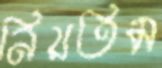
নিয়তিম